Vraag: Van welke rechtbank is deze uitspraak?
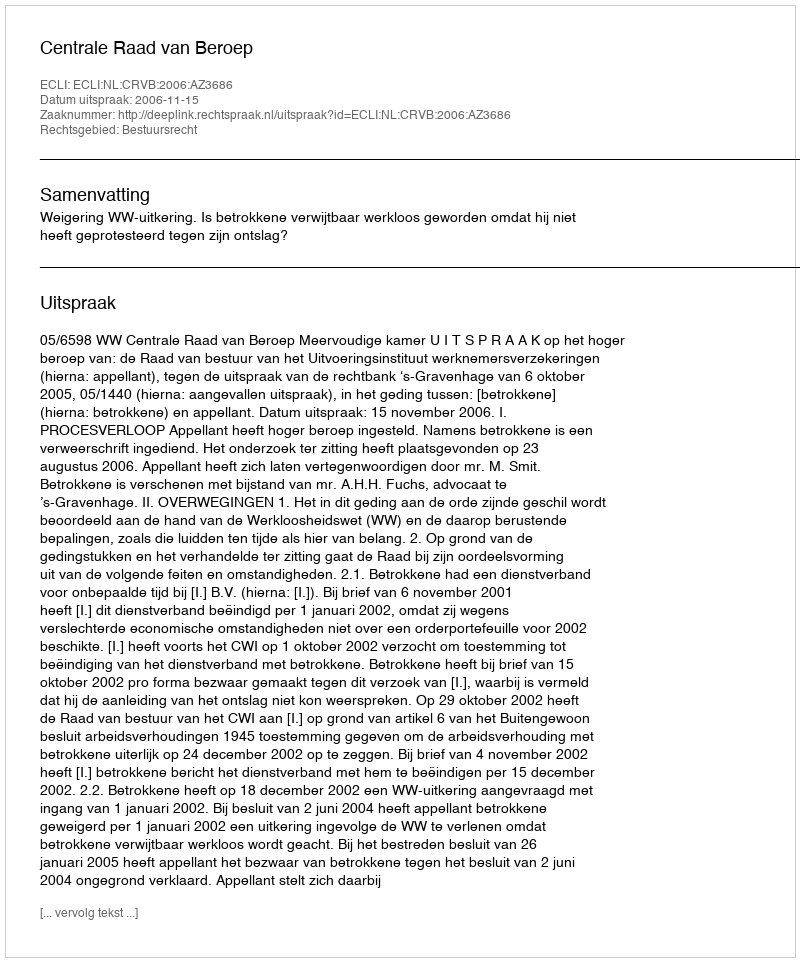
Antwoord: Centrale Raad van Beroep